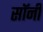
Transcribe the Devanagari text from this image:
सॉनी